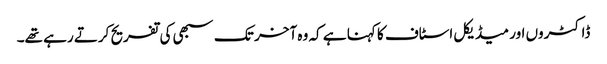
ڈاکٹروں اور میڈیکل اسٹاف کا کہنا ہے کہ وہ آخر تک سبھی کی تفریح کرتے رہے تھے۔